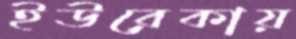
ইউরেকায়